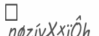
٨